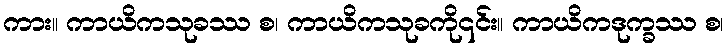
ကား။ ကာယိကသုခဿ စ၊ ကာယိကသုခကို၎င်း။ ကာယိကဒုက္ခဿ စ၊